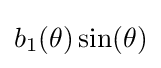
b_{1}(\theta )\sin(\theta )